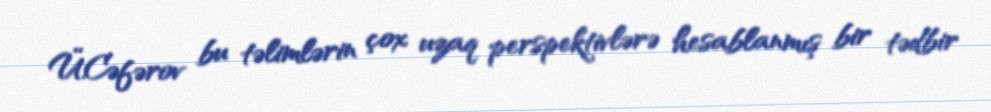
Ü.Cəfərov bu təlimlərin çox uzaq perspektivlərə hesablanmış bir tədbir